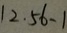
1 2 . 5 6 - 1